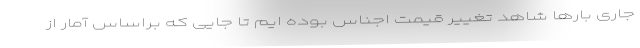
جاری بارها شاهد تغییر قیمت اجناس بوده ایم تا جایی که براساس آمار از